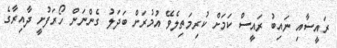
ރައީސާއި ނައިބު ރައީސް ކަމަށް ކުރިމަތިލެވޭ އުމުރަށް ބަދަލު ގެންނަން ހޯރަފުށީ ދާއިރާގެ